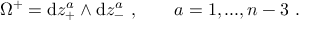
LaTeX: \Omega ^ { + } = \mathrm { d } z _ { + } ^ { a } \wedge \mathrm { d } z _ { - } ^ { a } \ , \qquad a = 1 , . . . , n - 3 \ .